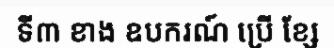
ទី៣ ខាង ឧបករណ៍ ប្រើ ខ្សែ